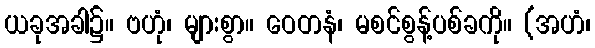
ယခုအခါ၌။ ဗဟုံ၊ များစွာ။ ဝေတနံ၊ မစင်စွန့်ပစ်ခကို။ (အဟံ၊